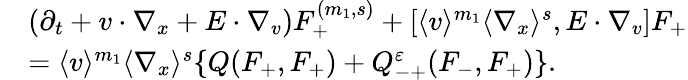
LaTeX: \begin{array}{rl}&{(\partial_{t}+v\cdot\nabla_{x}+E\cdot\nabla_{v})F_{+}^{(m_{1},s)}+[\langle v\rangle^{m_{1}}\langle\nabla_{x}\rangle^{s},E\cdot\nabla_{v}]F_{+}}\\ &{=\langle v\rangle^{m_{1}}\langle\nabla_{x}\rangle^{s}\{ Q(F_{+},F_{+})+Q_{-+}^{\varepsilon}(F_{-},F_{+})\} .}\end{array}